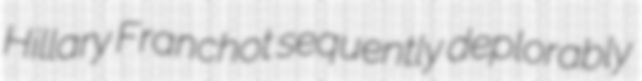
Hillary Franchot sequently deplorably